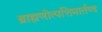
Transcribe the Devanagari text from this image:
ब्राह्मणोत्पत्तिमार्तण्ड